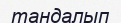
тандалып